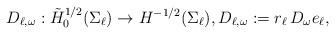
LaTeX: \begin{align*}D_{\ell,\omega} : \tilde H^{1/2}_{0}(\Sigma_\ell) \to H^{-1/2} (\Sigma_\ell), D_{\ell,\omega} := r_\ell \, D_\omega e_\ell , \end{align*}